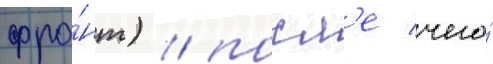
фро́нт) / посл'е чего́